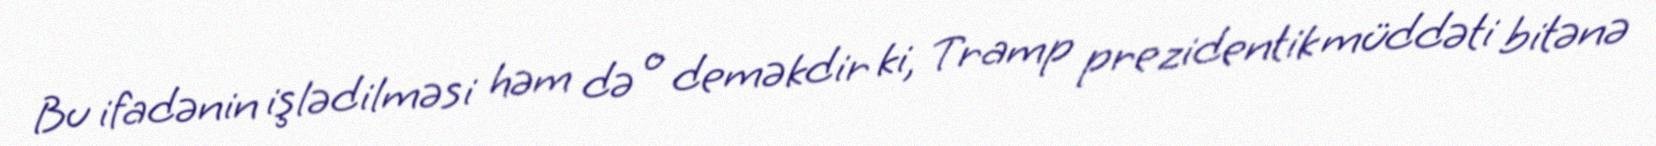
Bu ifadənin işlədilməsi həm də o deməkdir ki, Tramp prezidentik müddəti bitənə